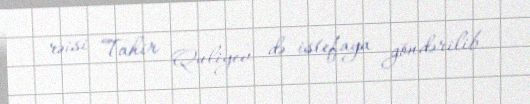
rəisi Tahir Quliyev də istefaya göndərilib.